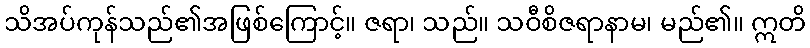
သိအပ်ကုန်သည်၏အဖြစ်ကြောင့်။ ဇရာ၊ သည်။ သဝီစိဇရာနာမ၊ မည်၏။ ဣတိ